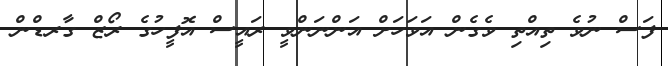
ފަސް ނުވެ ތިއްތި ވެގެން އަވަހަށް އަންނަންވީ ރައީސް އޮފީހުގެ ރޯޒް ގާރޑްން